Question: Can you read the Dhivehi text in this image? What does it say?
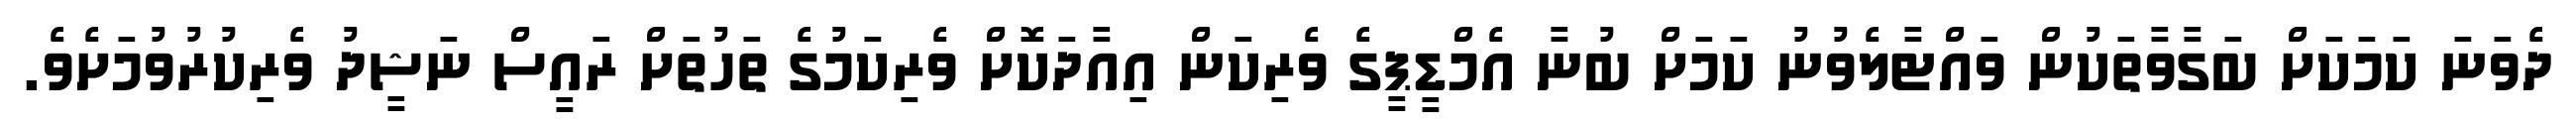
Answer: ދެވަނަ ކަމަކަށް ބަގާވާތަކުން ވައްޓާލެވުނު ކަމަށް ބުނާ އެމްޑީޕީގެ ވެރިކަން އިއާދަކޮށް ވެރިކަމުގެ ތަހުތަށް ރައީސް ނަޝީދު ވެރިކުރުވުމަށެވެ.